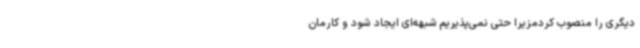
دیگری را منصوب کردمزیرا حتی نمی‌پذیریم شبهه‌ای ایجاد شود و کارمان